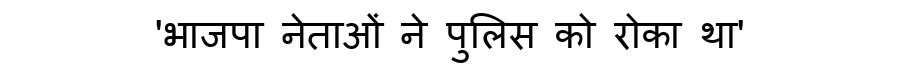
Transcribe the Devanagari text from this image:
'भाजपा नेताओं ने पुलिस को रोका था'